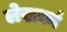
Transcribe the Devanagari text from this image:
लेखकां